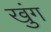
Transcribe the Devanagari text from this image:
खुंग